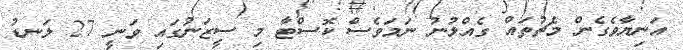
އަނިޔާވެގެން މެޗުތައް ގެއްލުނު ނަމަވެސް ކޮސްޓާ މި ސީޒަނުގައި ވަނީ 27 ލަނޑު